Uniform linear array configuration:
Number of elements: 12
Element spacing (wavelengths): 0.25
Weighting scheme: blackman
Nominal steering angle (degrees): -30
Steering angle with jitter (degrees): -31.818
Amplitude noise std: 0.05
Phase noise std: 0.05

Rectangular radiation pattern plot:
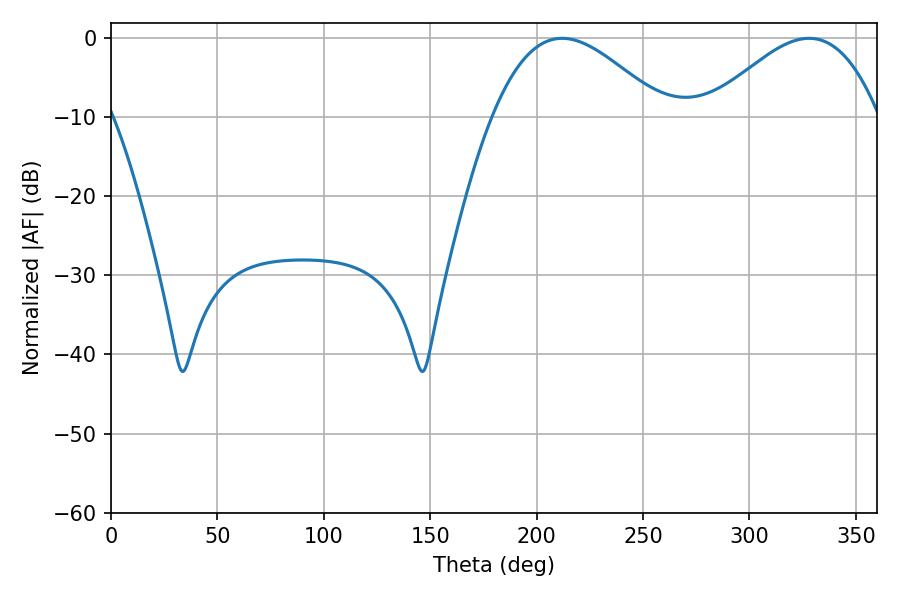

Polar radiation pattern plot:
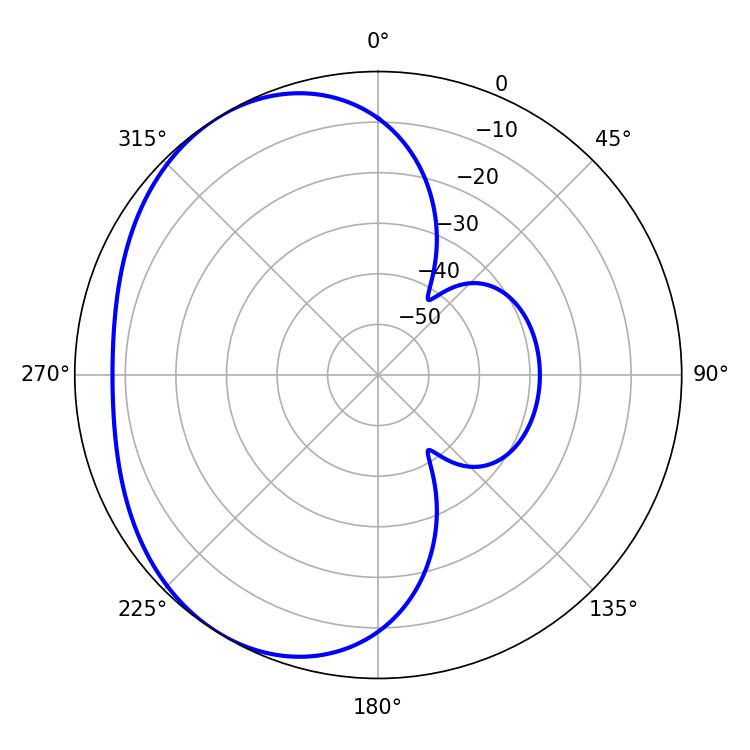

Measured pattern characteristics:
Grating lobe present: FALSE
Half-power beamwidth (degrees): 43.38
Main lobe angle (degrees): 212.04